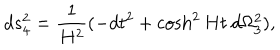
d s _ { 4 } ^ { 2 } = \frac { 1 } { H ^ { 2 } } ( - d t ^ { 2 } + \cosh ^ { 2 } H t \: d \Omega _ { 3 } ^ { 2 } ) ,